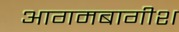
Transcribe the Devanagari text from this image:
आगमबागीश